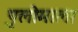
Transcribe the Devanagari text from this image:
पुलोमाला